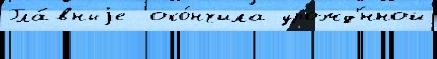
Гла́вныjе  око́нчила урожд'́нной